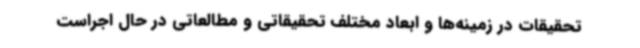
تحقیقات در زمینه‌ها و ابعاد مختلف تحقیقاتی و مطالعاتی در حال اجراست